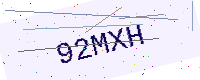
Text: 92MXH